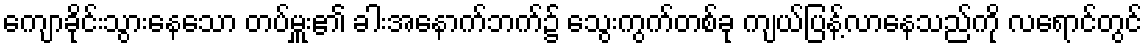
ကျောခိုင်းသွားနေသော တပ်မှူး၏ ခါးအနောက်ဘက်၌ သွေးကွက်တစ်ခု ကျယ်ပြန့်လာနေသည်ကို လရောင်တွင်